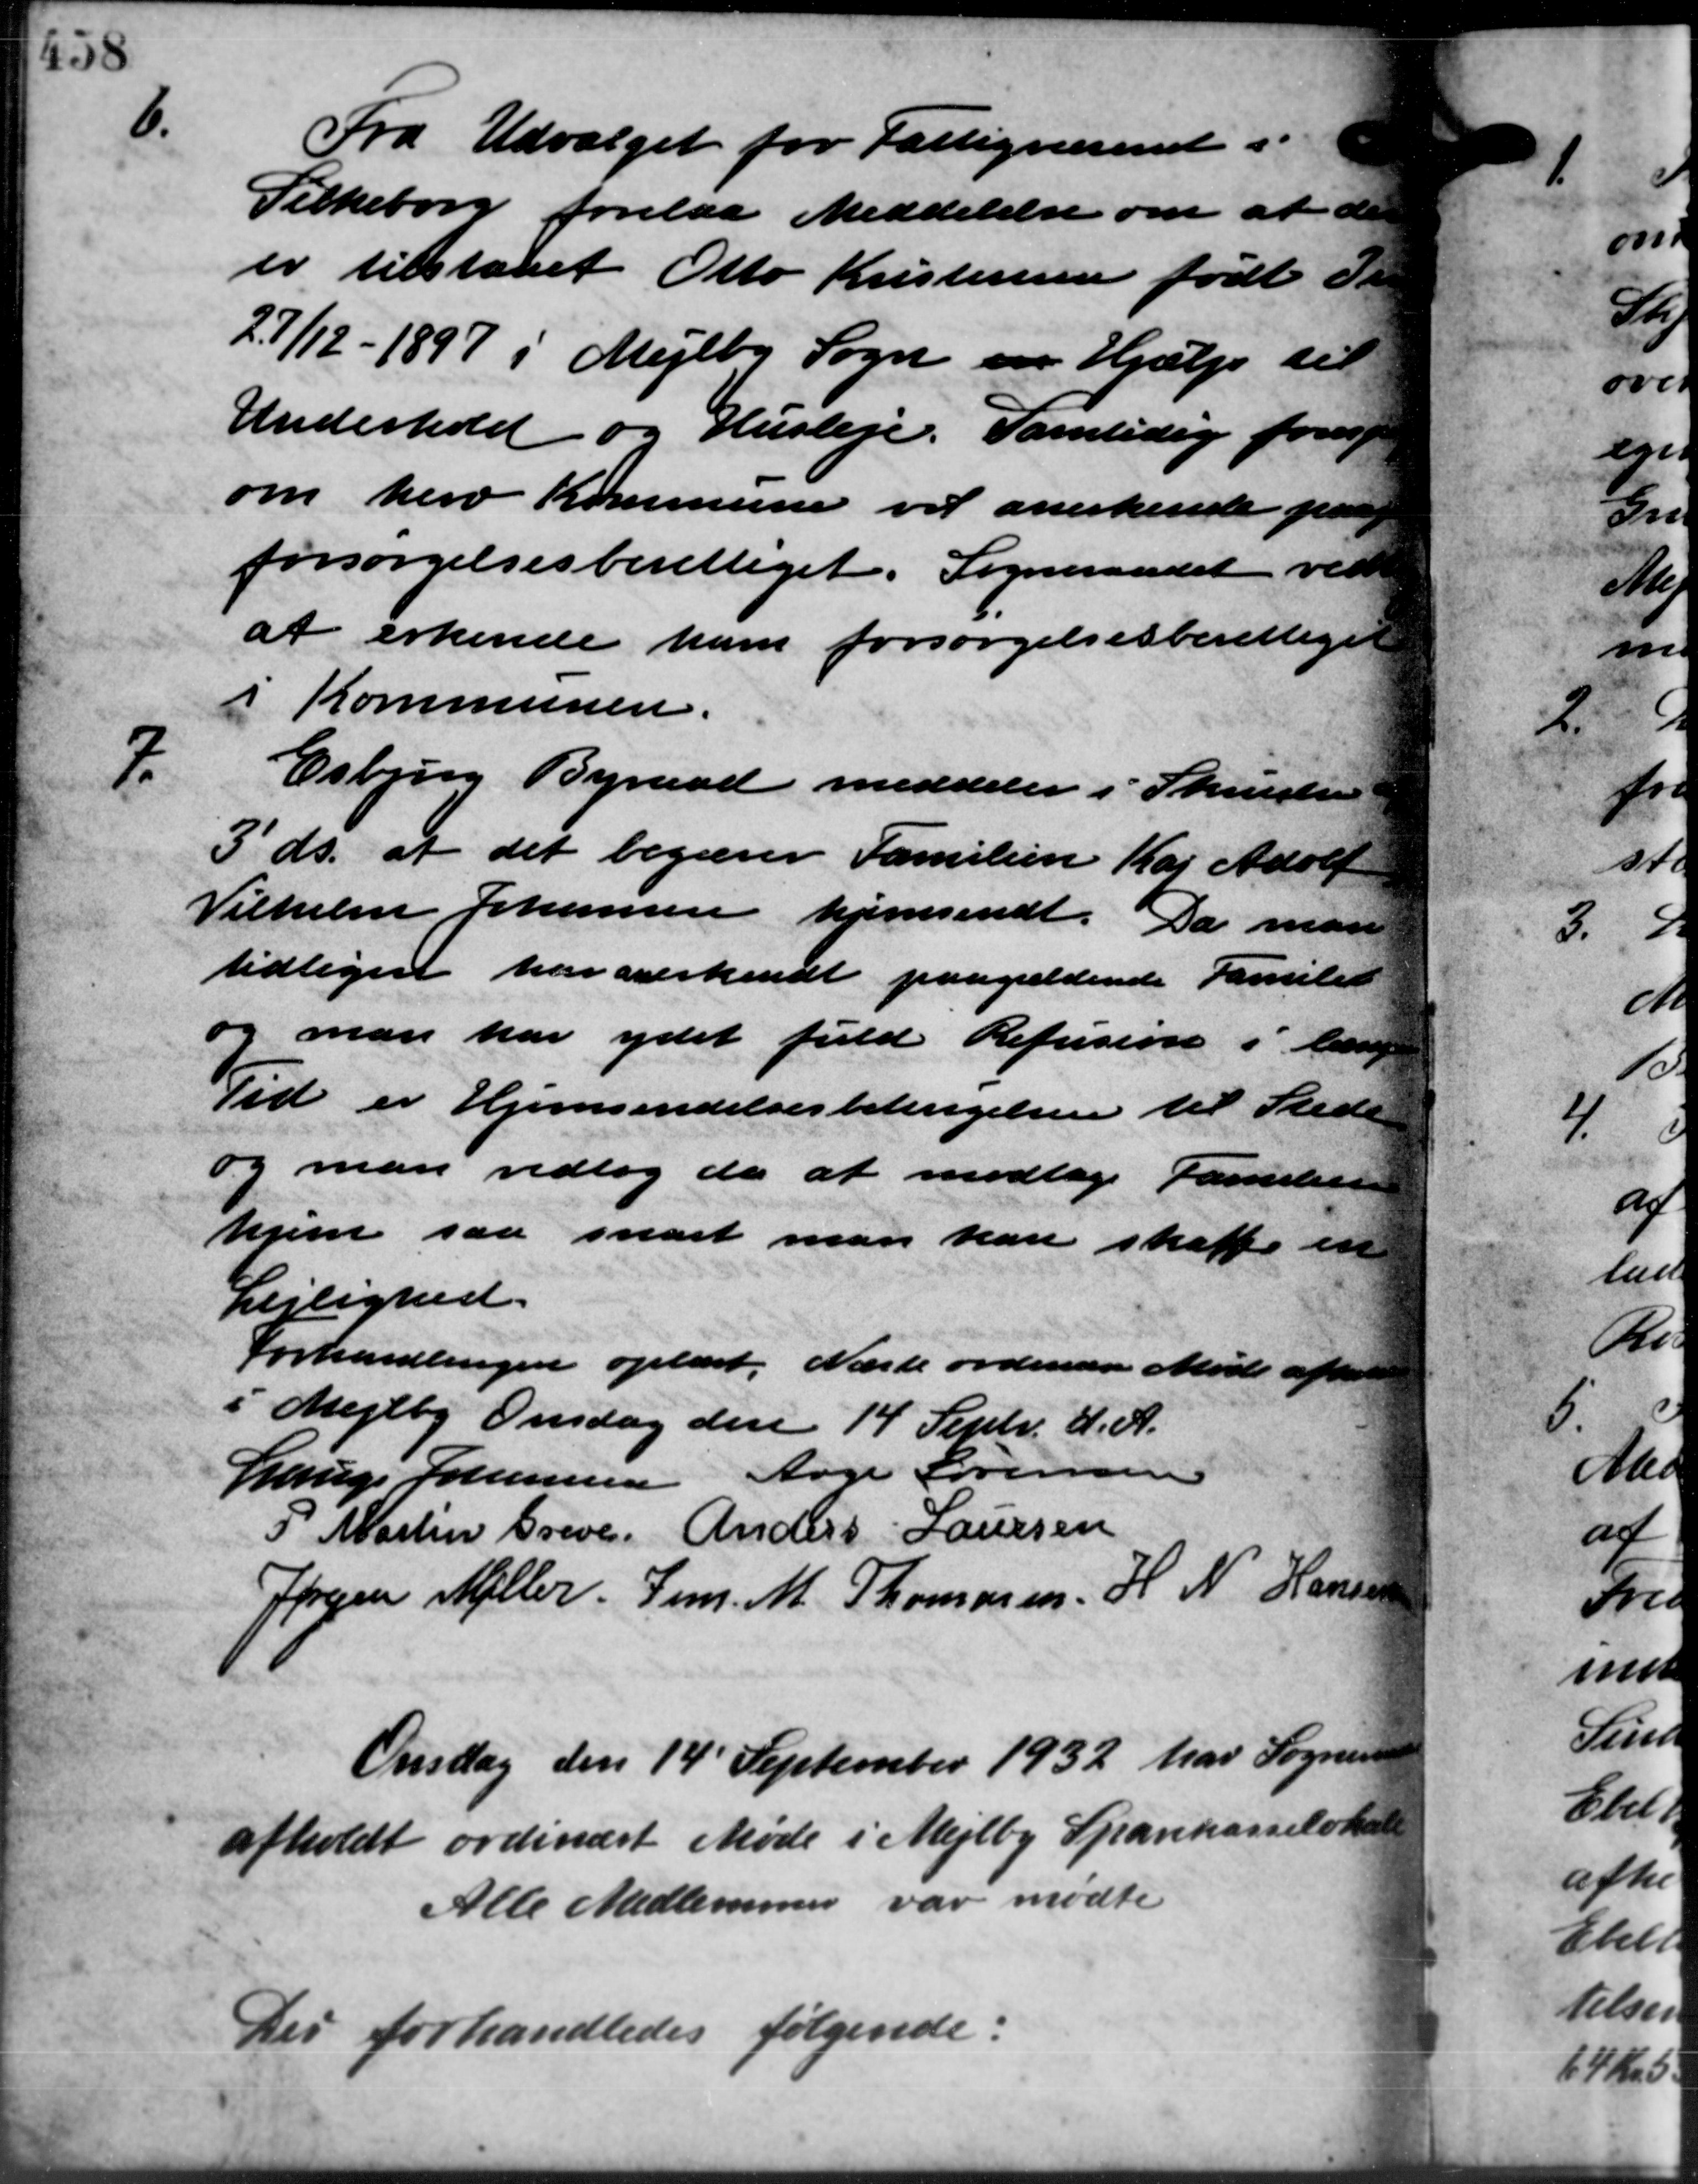
Transskription:
6.
Fra Udvalget for Fattigvæsenet i
Silkeborg forelaa Meddelelse om at de
er tilstaaet Otto Kristensen født de
27/12 - 1897 i Mejlby Sogn en Hjælp til
Underhold og Husleje. Samtidig foresp
om herv Kommune vil anerkende paa
forsørgelsesberettiget. Sogneraadet vedt
at erkende ham forsørgelsesberettiget
i Kommunen.
7.
Esbjerg Byraad meddeler i Skrivelse
3' ds. at det begærer Familien Kaj Adolf
Vilhelm Johansen hjemsendt. Da man
tidligere har anerkendt paagældende Familier
og man har ydet fuld Refusion i læng
Tid er Hjemsendelsesbetingelsen til Stede
og man vedtog da at modtage Familien
hjem saa snart man kan skaffe en
Lejlighed.
Forhandlingen oplæst. Næste ordinære Møde afhold
i Mejlby Onsdag den 14 Septr. d. A.
Lauge Johannesen Aage Sørensen
P. Martin Greve Anders Laursen
Jørgen Møller Jens. M. Thomasen  H. N. Hansen
Onsdag den 14' September 1932 har Sogneraadet
afholdt ordinært Møde i Mejlby Sparekasselokale
Alle Medlemmer var mødte
Der forhandledes følgende: